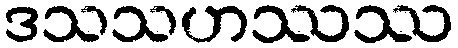
ဒသသဟဿဿ